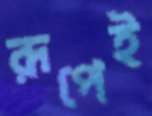
রূপেই